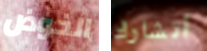
الخوض أتشارك